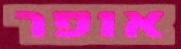
אופר